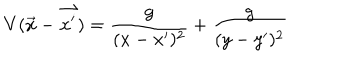
V ( \vec { x } - \vec { x ^ { \prime } } ) = \frac { g } { ( x - x ^ { \prime } ) ^ { 2 } } + \frac { g } { ( y - y ^ { \prime } ) ^ { 2 } }